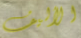
الأليف